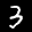
Label: 3